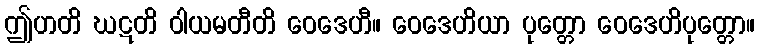
ဤဟတိ ဃဋတိ ဝါယမတီတိ ဝေဒေဟီ။ ဝေဒေဟိယာ ပုတ္တော ဝေဒေဟိပုတ္တော။